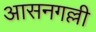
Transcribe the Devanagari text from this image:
आसनगल्ली